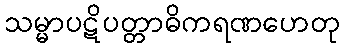
သမ္မာပဋိပတ္တာဓိကရဏဟေတု